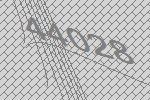
44028